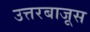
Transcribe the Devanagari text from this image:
उत्तरबाजूस